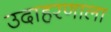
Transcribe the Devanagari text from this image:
उदाहरणाला